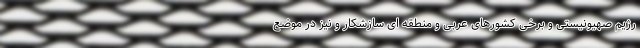
رژیم صهیونیستی و برخی کشورهای عربی و منطقه ای سازشکار و نیز در موضع